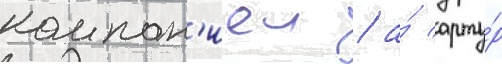
компан'иеи / а́ арту́р